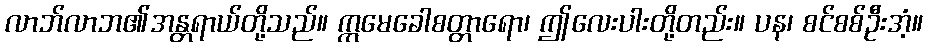
လာဘ်လာဘ၏အန္တရာယ်တို့သည်။ ဣမေခေါစတ္တာရော၊ ဤလေးပါးတို့တည်း။ ပန၊ စင်စစ်ဦးအံ့။